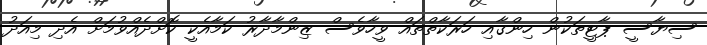
ސިޔާސީ ޕާޓީތަކުން ހިންގާއި ހަރަކާތްތައް ވީހާވެސް ޒިންމާދާރު ކަމާއެކީ ކޮށްދެއްވުމަށް އެދި މިއަދު